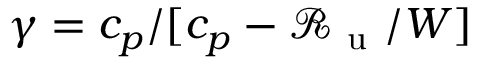
\gamma = c _ { p } / [ c _ { p } - \mathcal { R } _ { \mathrm { ~ u ~ } } / W ]